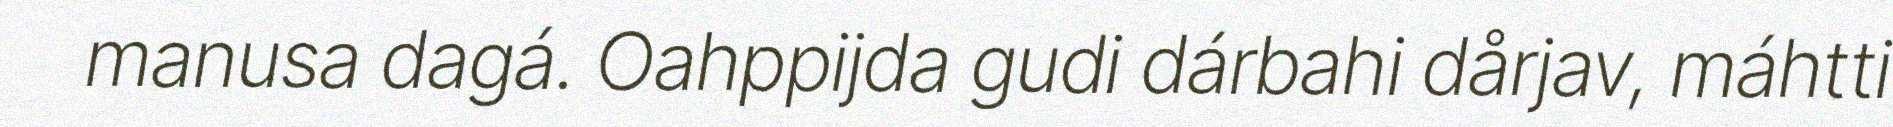
manusa dagá. Oahppijda gudi dárbahi dårjav, máhtti